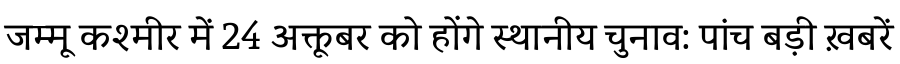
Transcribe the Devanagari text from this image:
जम्मू कश्मीर में 24 अक्तूबर को होंगे स्थानीय चुनाव: पांच बड़ी ख़बरें